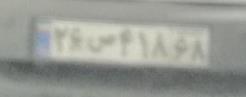
۲۶س۴۱۸۶۸